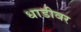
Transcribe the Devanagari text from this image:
धाडीवर